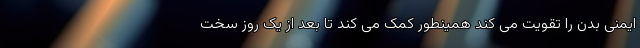
ایمنی بدن را تقویت می کند همینطور کمک می کند تا بعد از یک روز سخت